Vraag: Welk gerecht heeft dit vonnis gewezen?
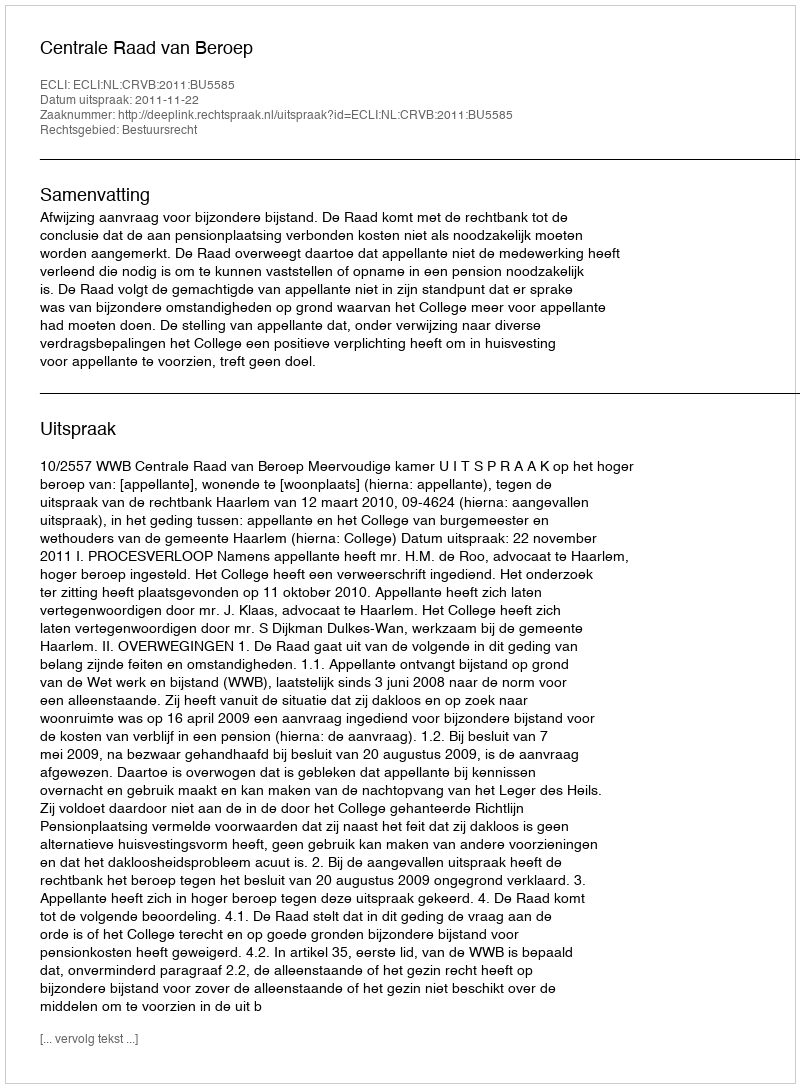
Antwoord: Centrale Raad van Beroep